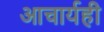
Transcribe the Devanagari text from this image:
आचार्यही